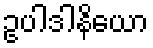
ဥပါဒါနိယော